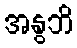
အနွဘိ